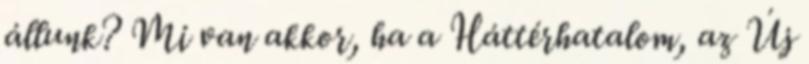
állunk? Mi van akkor, ha a Háttérhatalom, az Új